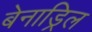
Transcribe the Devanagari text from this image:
बेनाड्रिल